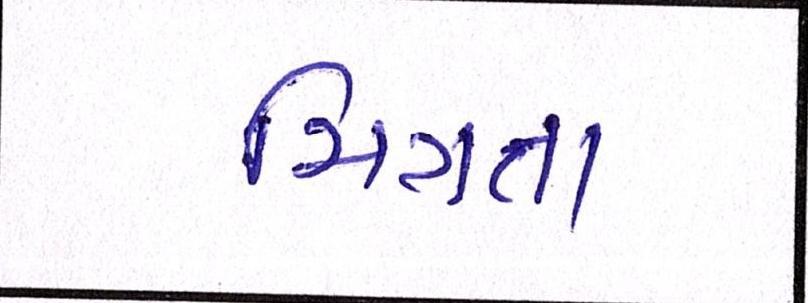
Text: મિત્રતા